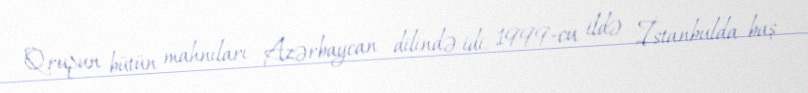
Qrupun bütün mahnıları Azərbaycan dilində idi. 1999-cu ildə İstanbulda baş